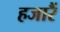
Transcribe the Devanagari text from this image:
हजारैं